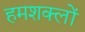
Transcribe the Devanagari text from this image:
हमशक्लों